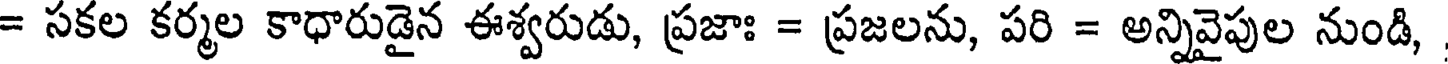
= సకల కర్మల కాధారుడైన ఈశ్వరుడు, ప్రజాః = ప్రజలను, పరి = అన్నివైపుల నుండి,